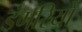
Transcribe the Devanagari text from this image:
डंगरियों